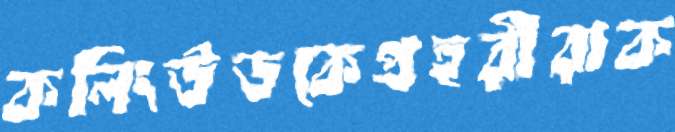
কলিংউডকেপ্রহরীরাক